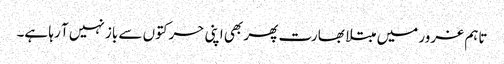
تاہم غرور میں مبتلا بھارت پھر بھی اپنی حرکتوں سے باز نہیں آ رہا ہے۔